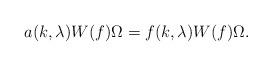
LaTeX: \begin{align*}a(k,\lambda) W(f) \Omega = f(k,\lambda) W(f) \Omega .\end{align*}